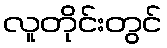
လူတိုင်းတွင်